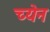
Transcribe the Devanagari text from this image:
च्येन